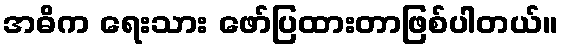
အဓိက ရေးသား ဖော်ပြထားတာဖြစ်ပါတယ်။